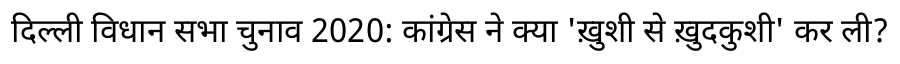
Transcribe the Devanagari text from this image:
दिल्ली विधान सभा चुनाव 2020: कांग्रेस ने क्या 'ख़ुशी से ख़ुदकुशी' कर ली?